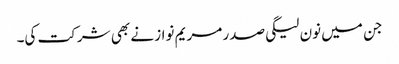
جن میں نون لیگی صدر مریم نواز نے بھی شرکت کی۔